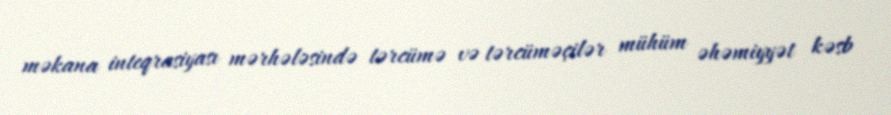
məkana inteqrasiyası mərhələsində tərcümə və tərcüməçilər mühüm əhəmiyyət kəsb